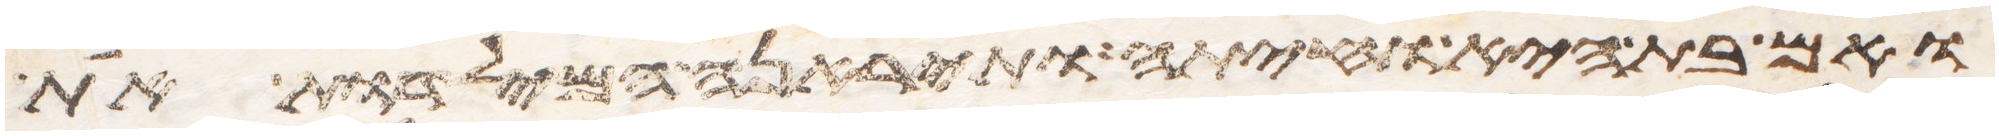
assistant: ואם בת היא וחיתה ותיראנה המילדות את